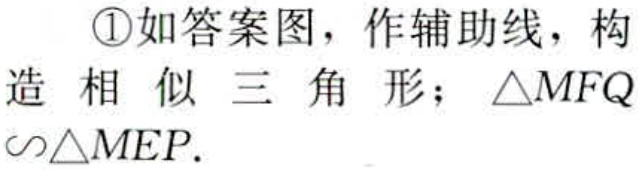
\textcircled{1}如答案图，作辅助线，构造相似三角形；$\triangle MFQ\sim\triangle MEP$.